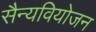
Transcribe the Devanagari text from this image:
सैन्यवियोजन